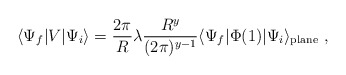
\begin{align*}\langle \Psi_f | V |\Psi_i\rangle = \frac{2\pi}{R}\lambda \frac{R^y}{(2\pi )^{y-1}} \langle \Psi_f | \Phi (1)|\Psi_i\rangle_{\rm plane} \ ,\end{align*}